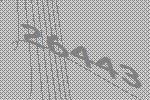
26443